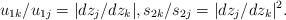
\begin{align*}u_{1k}/u_{1j} = |dz_j/dz_k|,s_{2k}/s_{2j} = |dz_j/dz_k|^2.\end{align*}